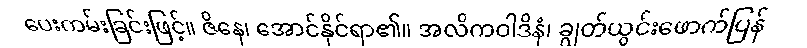
ပေးကမ်းခြင်းဖြင့်။ ဇိနေ၊ အောင်နိုင်ရာ၏။ အလိကဝါဒိနံ၊ ချွတ်ယွင်းဖောက်ပြန်